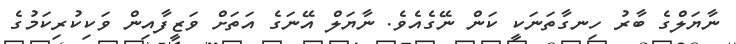
ނާޔަލްގެ ބާރު ހިނގާތަނަކީ ކަން ނޭގެއެވެ. ނާޔަލް އޭނަގެ އަތަށް ވަޒީފާއިން ވަކިކުރިކަމުގެ